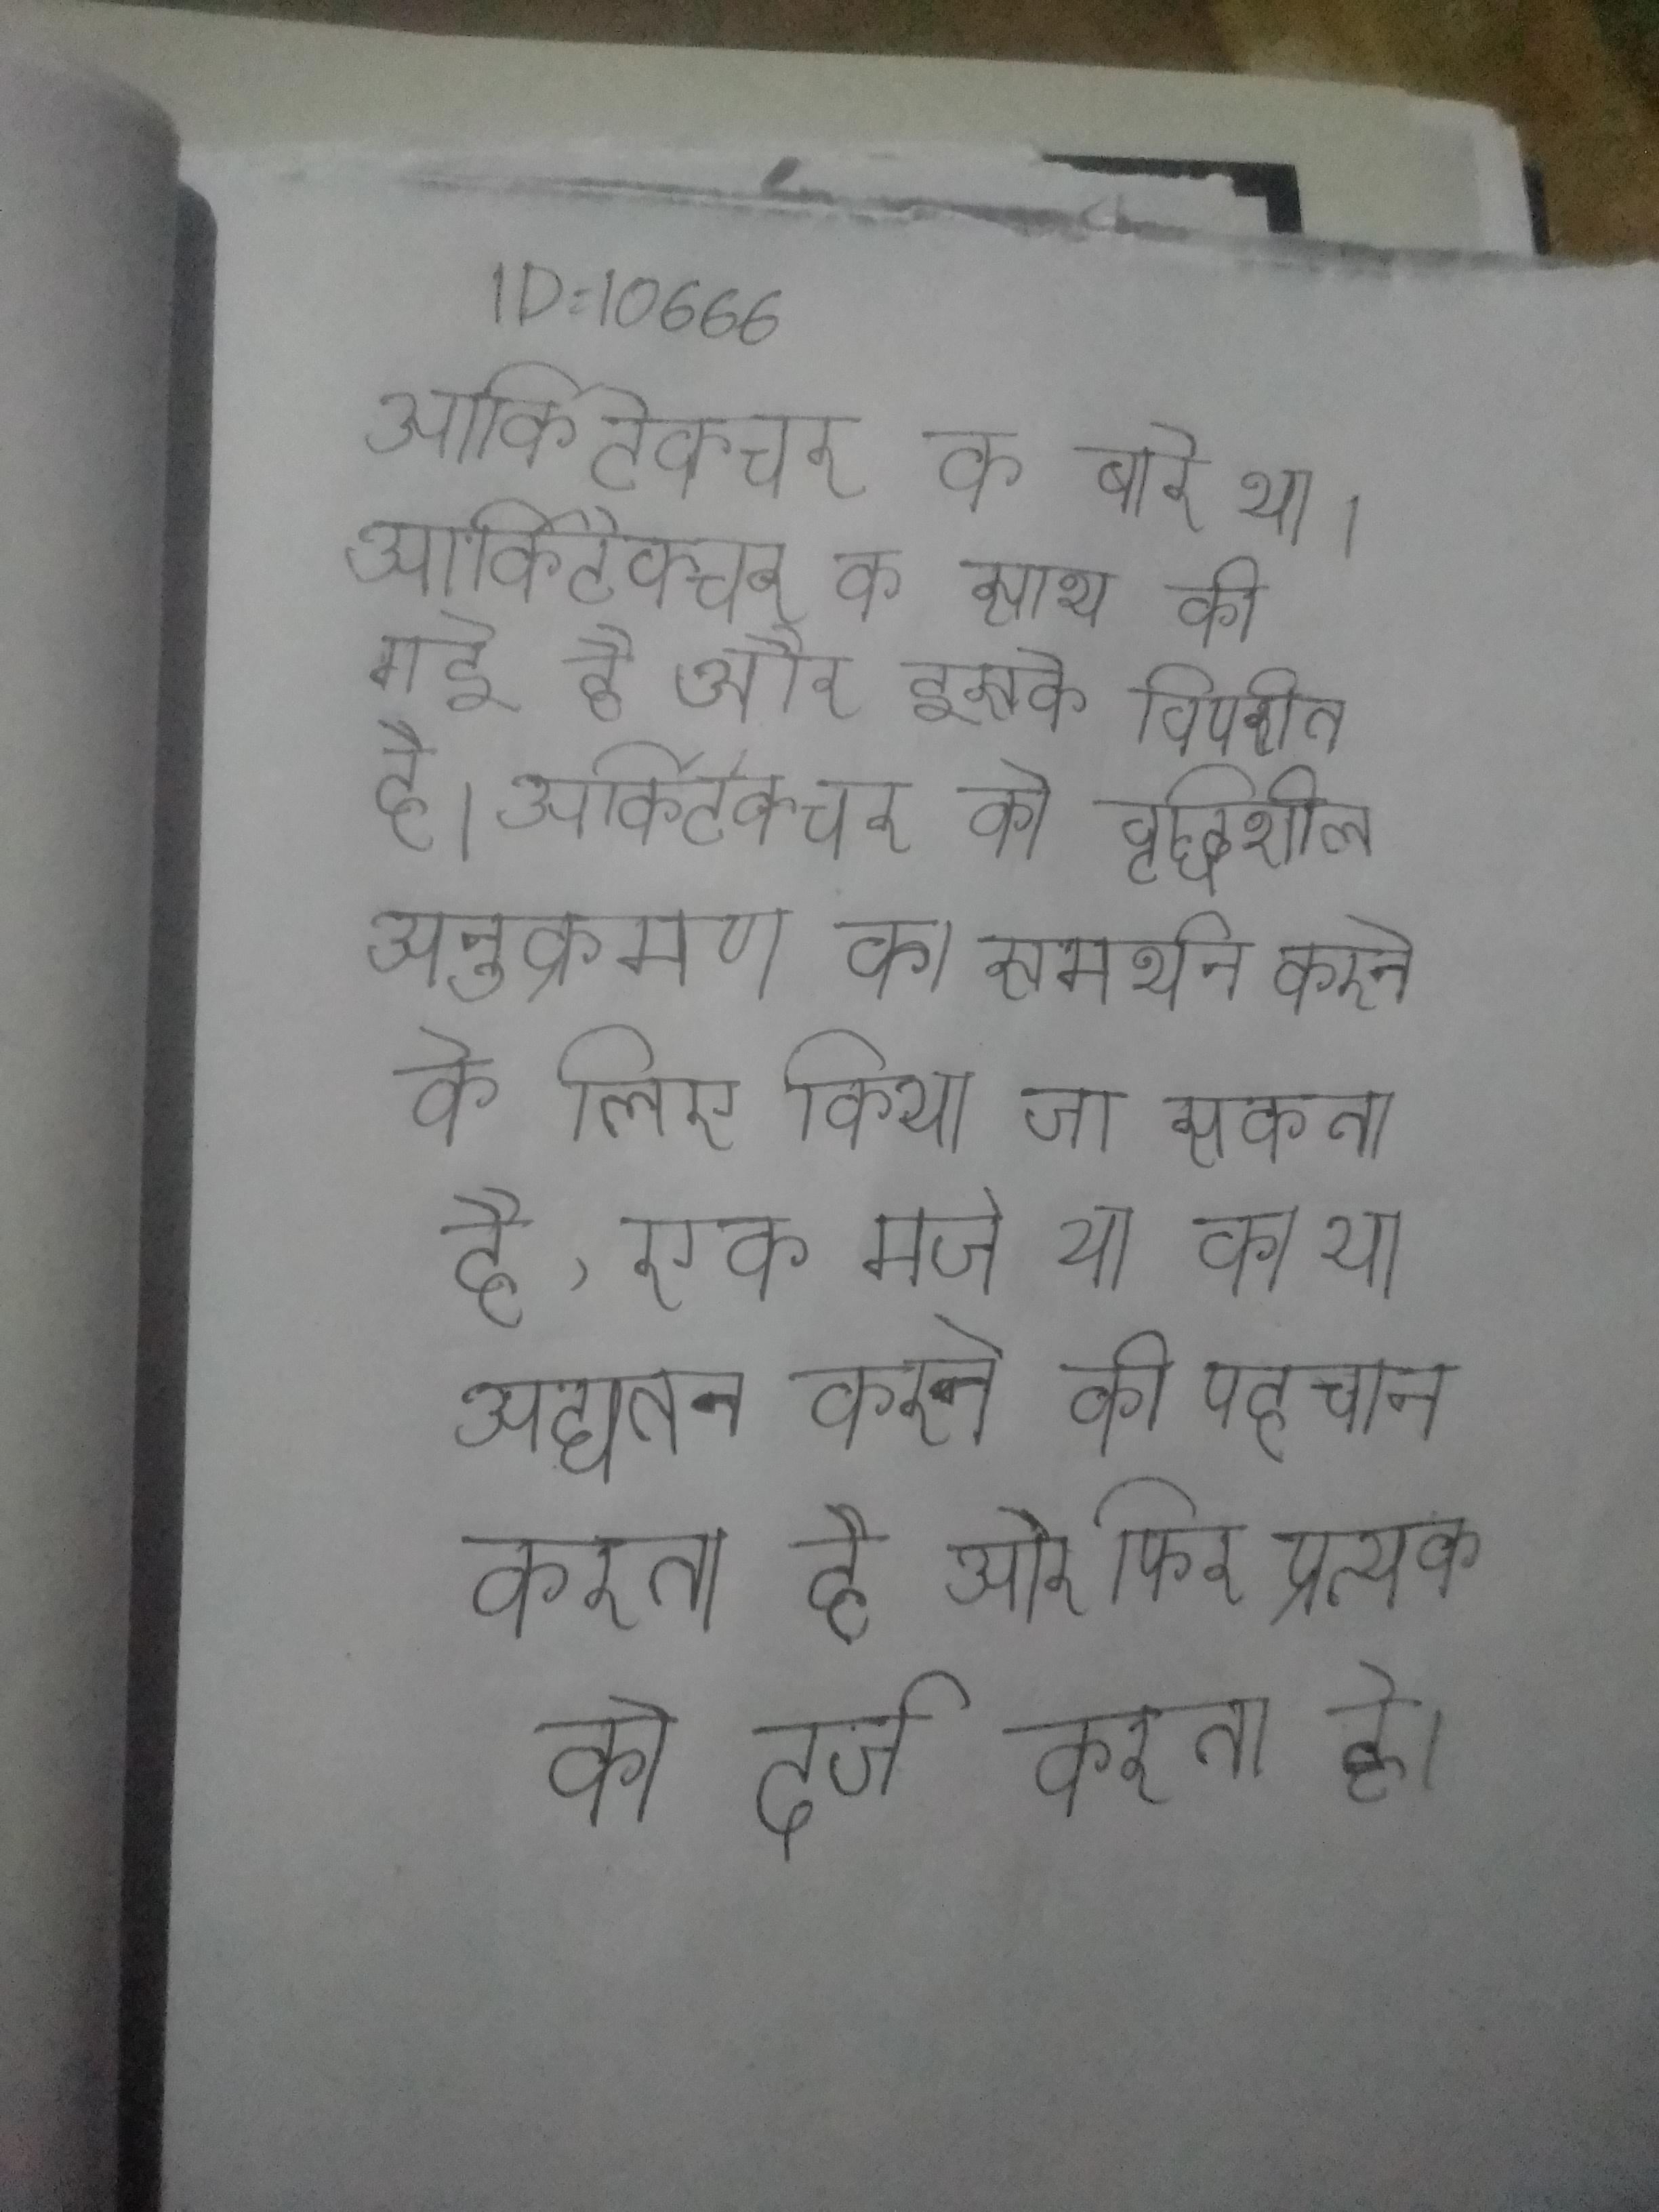
आर्किटेक्चर के बारे था । आर्किटेक्चर के साथ की गई है और इसके विपरीत है । आर्किटेक्चर को वृद्धिशील अनुक्रमण का समर्थन करने के लिए किया जा सकता है, एक मर्ज या को या अद्यतन करने की पहचान करता है और फिर प्रत्येक को दर्ज करता है ।